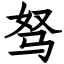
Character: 驽